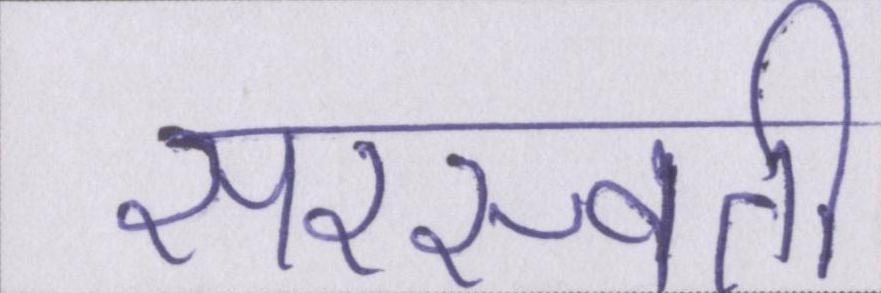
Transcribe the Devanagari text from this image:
सरस्वती